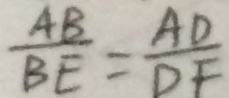
\frac { A B } { B E } = \frac { A D } { D F }